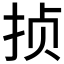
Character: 𱟸